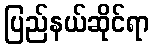
ပြည်နယ်ဆိုင်ရာ